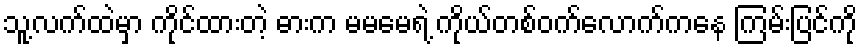
သူ့လက်ထဲမှာ ကိုင်ထားတဲ့ ဓားက မမမေရဲ့ ကိုယ်တစ်ဝက်လောက်ကနေ ကြမ်းပြင်ကို